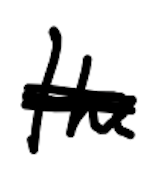
Text: the
Cross-out: scratch
Writing tool: digital_black